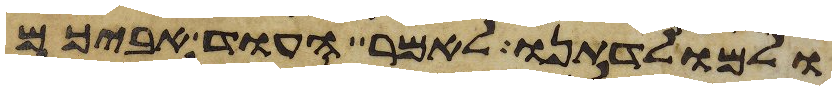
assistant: ולמולדתנו לאמר העוד אביכם